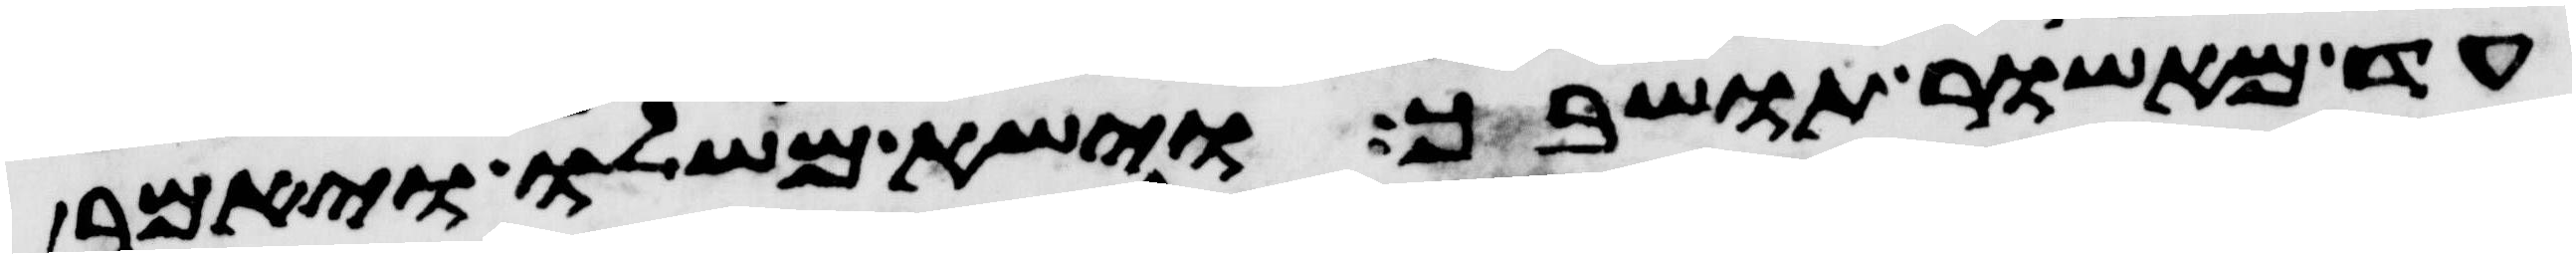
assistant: עד מאשור תושבך וישא משלו ויאמר